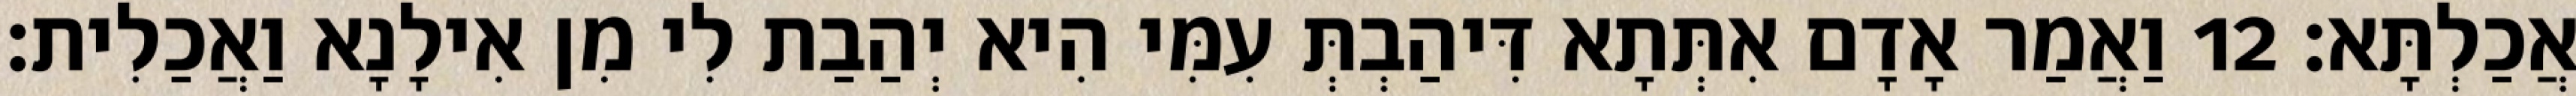
אֲכַלְתָּא׃ 12 וַאֲמַר אָדָם אִתְּתָא דִּיהַבְתְּ עִמִּי הִיא יְהַבַת לִי מִן אִילָנָא וַאֲכַלִית׃